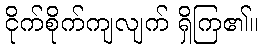
ငိုက်စိုက်ကျလျက် ရှိကြ၏။